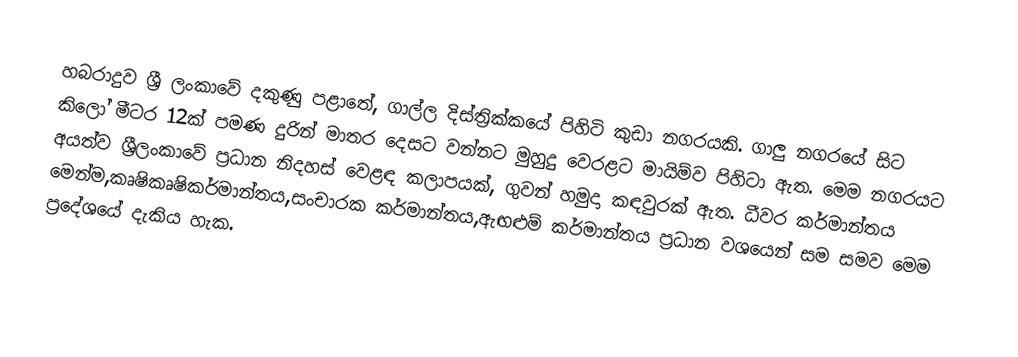
හබරාදුව ශ්‍රී ලංකාවේ දකුණු පළාතේ, ගාල්ල දිස්ත්‍රික්කයේ පිහිටි කුඩා නගරයකි. ගාලු නගරයේ සිට කිලෝ මීටර 12ක් පමණ දුරින් මාතර දෙසට වන්නට මුහුදු  වෙරළට මායිම්ව පිහිටා ඇත. මෙම නගරයට අයත්ව ශ්‍රීලංකාවේ ප්‍රධාන නිදහස් වෙළඳ කලාපයක්, ගුවන් හමුදා කඳවුරක් ඇත. ධීවර කර්මාන්තය මෙන්ම,කෘෂිකෘෂිකර්මාන්තය,සංචාරක කර්මාන්තය,ඇඟළුම් කර්මාන්තය ප්‍රධාන වශයෙන් සම සමව මෙම ප්‍රදේශයේ දැකිය හැක.